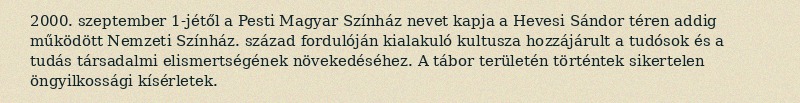
2000. szeptember 1-jétől a Pesti Magyar Színház nevet kapja a Hevesi Sándor téren addig működött Nemzeti Színház. század fordulóján kialakuló kultusza hozzájárult a tudósok és a tudás társadalmi elismertségének növekedéséhez. A tábor területén történtek sikertelen öngyilkossági kísérletek.